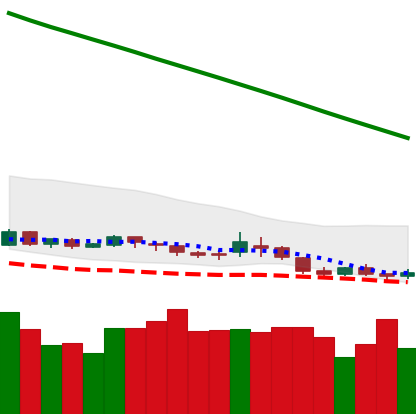
Ticker: DOGE-USD
Chart end date: 2019-02-02
Forward return: -4.7%
Label: down_3_5